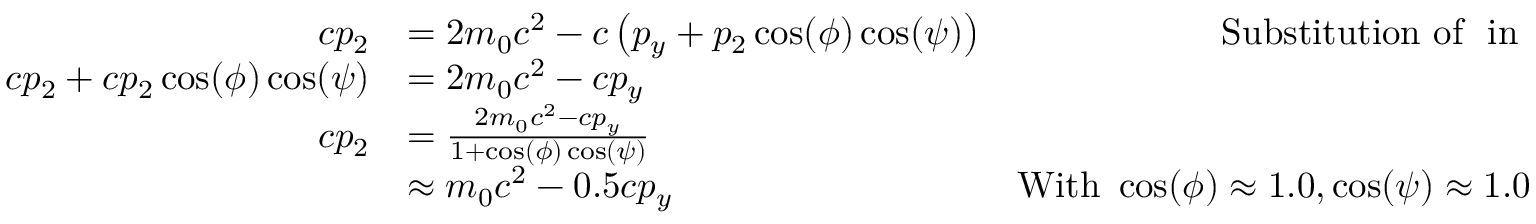
\begin{array} { r l r } { c p _ { 2 } } & { = 2 m _ { 0 } c ^ { 2 } - c \left( p _ { y } + p _ { 2 } \cos ( \phi ) \cos ( \psi ) \right) } & { \mathrm { S u b s t i t u t i o n ~ o f ~ } \mathrm { ~ i n ~ } } \\ { c p _ { 2 } + c p _ { 2 } \cos ( \phi ) \cos ( \psi ) } & { = 2 m _ { 0 } c ^ { 2 } - c p _ { y } } & \\ { c p _ { 2 } } & { = \frac { 2 m _ { 0 } c ^ { 2 } - c p _ { y } } { 1 + \cos ( \phi ) \cos ( \psi ) } } & \\ & { \approx m _ { 0 } c ^ { 2 } - 0 . 5 c p _ { y } } & { \mathrm { W i t h ~ } \cos ( \phi ) \approx 1 . 0 , \cos ( \psi ) \approx 1 . 0 } \end{array}